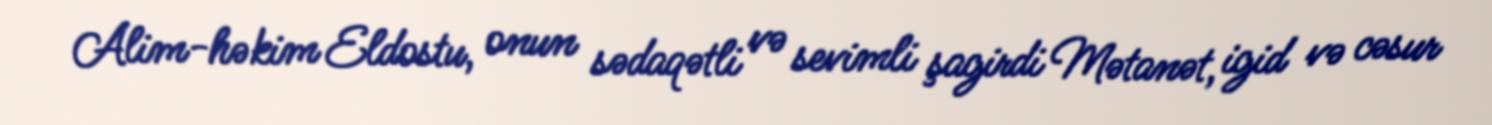
Alim-həkim Eldostu, onun sədaqətli və sevimli şagirdi Mətanət, igid və cəsur